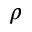
\rho